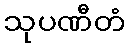
သုပဏီတံ